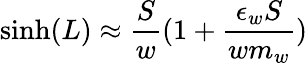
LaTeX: \sinh(L)\approx\frac{S}{w}(1+\frac{\epsilon_{w}S}{wm_{w}})